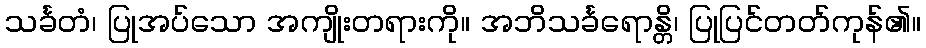
သင်္ခတံ၊ ပြုအပ်သော အကျိုးတရားကို။ အဘိသင်္ခရောန္တိ၊ ပြုပြင်တတ်ကုန်၏။